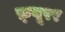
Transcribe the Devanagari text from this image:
फ़्यूरर